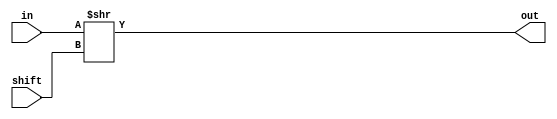
`timescale 1ns / 1ps

module floatshift(
input [23:0] in, //when instantiated, 1 will be concatenated with input
input [7:0] shift,
output reg [23:0] out
    );
    
always @(*)
    begin
        out = in >> shift;
    end    
endmodule